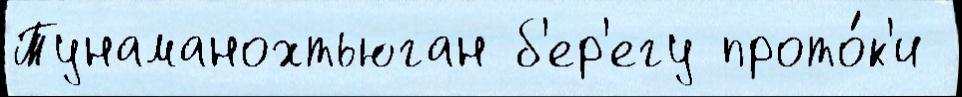
Тунаманохтьюган б'ер'егу прото́к'и